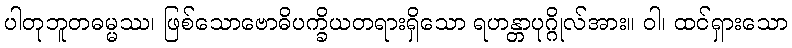
ပါတုဘူတဓမ္မဿ၊ ဖြစ်သောဗောဓိပက္ခိယတရားရှိသော ရဟန္တာပုဂ္ဂိုလ်အား။ ဝါ၊ ထင်ရှားသော